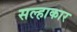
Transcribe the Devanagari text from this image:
सल्हाकार